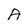
Character: A